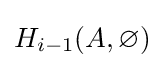
H_{i-1}(A,\varnothing )